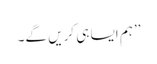
’’ہم ایسا ہی کریں گے۔